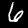
Digit: 6